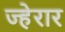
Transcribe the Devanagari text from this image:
ज्हेरार